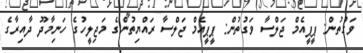
ވަގުތުން: ޕީޕީއެމް ޖަލްސާ ވަގުތުން: ޕީޕީއެމް ޖަލްސާ ރައްޔިތުންގެ މަޖިލީހުގެ ހަނިމާދޫ ދާއިރާގެ